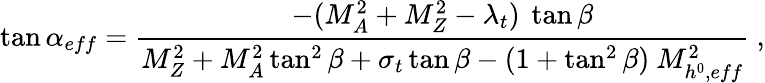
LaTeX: \tan\alpha_{eff}=\frac{-(M_{A}^{2}+M_{Z}^{2}-\lambda_{t})\ \tan\beta}{M_{Z}^{2}+M_{A}^{2}\tan^{2}\beta+\sigma_{t}\tan\beta-(1+\tan^{2}\beta)\ M_{h^{0},eff}^{2}}\ ,